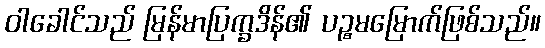
ဝါခေါင်သည် မြန်မာပြက္ခဒိန်၏ ပဉ္စမမြောက်ဖြစ်သည်။